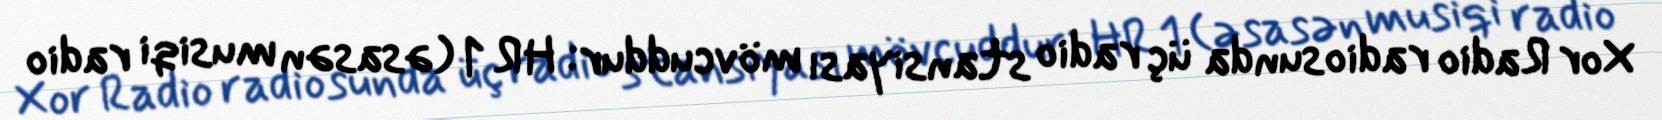
Xor Radio radiosunda üç radio stansiyası mövcuddur: HR 1 (əsasən musiqi radio